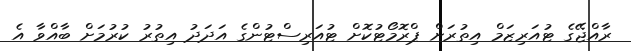
ރާއްޖޭގެ ޓުއަރިޒަމް އިތުރަށް ޕްރޮމޯޓުކޮށް ޓުއަރިސްޓުންގެ އަދަދު އިތުރު ކުރުމަށް ބާއްވާ އެ